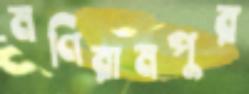
মণিরামপুর